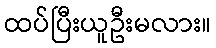
ထပ်ပြီးယူဦးမလား။